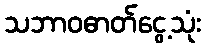
သဘာဝဓာတ်ငွေ့သုံး